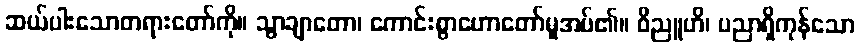
ဆယ်ပါးသောတရားတော်ကို။ သွာချာတော၊ ကောင်းစွာဟောတော်မူအပ်၏။ ဝိညူဟိ၊ ပညာရှိကုန်သော